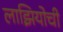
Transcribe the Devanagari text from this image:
लाझियोची